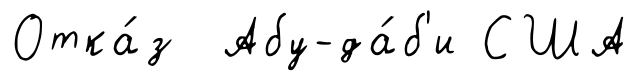
Отка́з Абу-да́б'и США